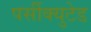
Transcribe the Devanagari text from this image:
पर्सीक्युटेड